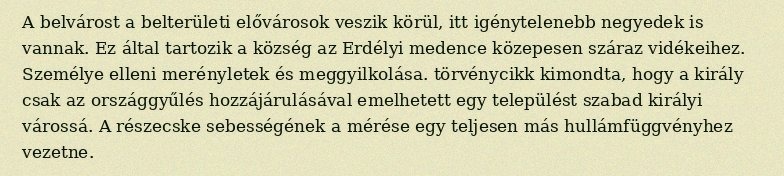
A belvárost a belterületi elővárosok veszik körül, itt igénytelenebb negyedek is vannak. Ez által tartozik a község az Erdélyi medence közepesen száraz vidékeihez. Személye elleni merényletek és meggyilkolása. törvénycikk kimondta, hogy a király csak az országgyűlés hozzájárulásával emelhetett egy települést szabad királyi várossá. A részecske sebességének a mérése egy teljesen más hullámfüggvényhez vezetne.